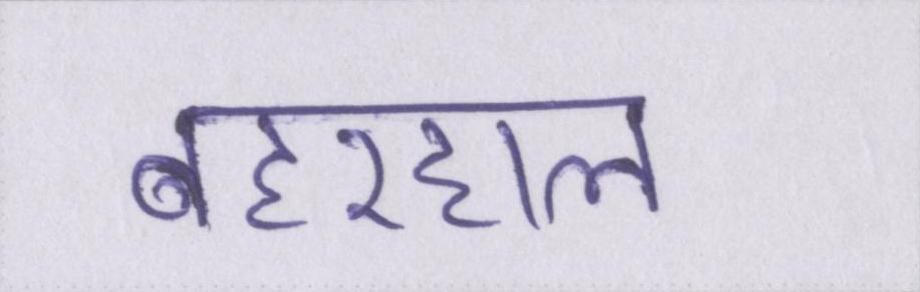
बहरहाल